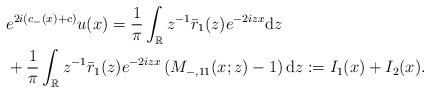
LaTeX: \begin{align*}&e^{2i(c_-(x)+c)} u(x) =\frac{1}{\pi} \int_{\mathbb{R}} z^{-1} \bar{r}_1(z) e^{-2izx} \mathrm{d}z \\&+\frac{1}{\pi} \int_{\mathbb{R}}z^{-1} \bar{r}_1(z) e^{-2izx}\left(M_{-,11}(x;z)-1\right) \mathrm{d}z :=I_1(x)+I_2(x).\end{align*}